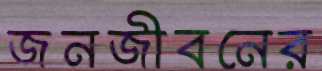
জনজীবনের